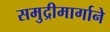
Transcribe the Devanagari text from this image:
समुद्रीमार्गाने